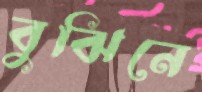
বুঝিনে